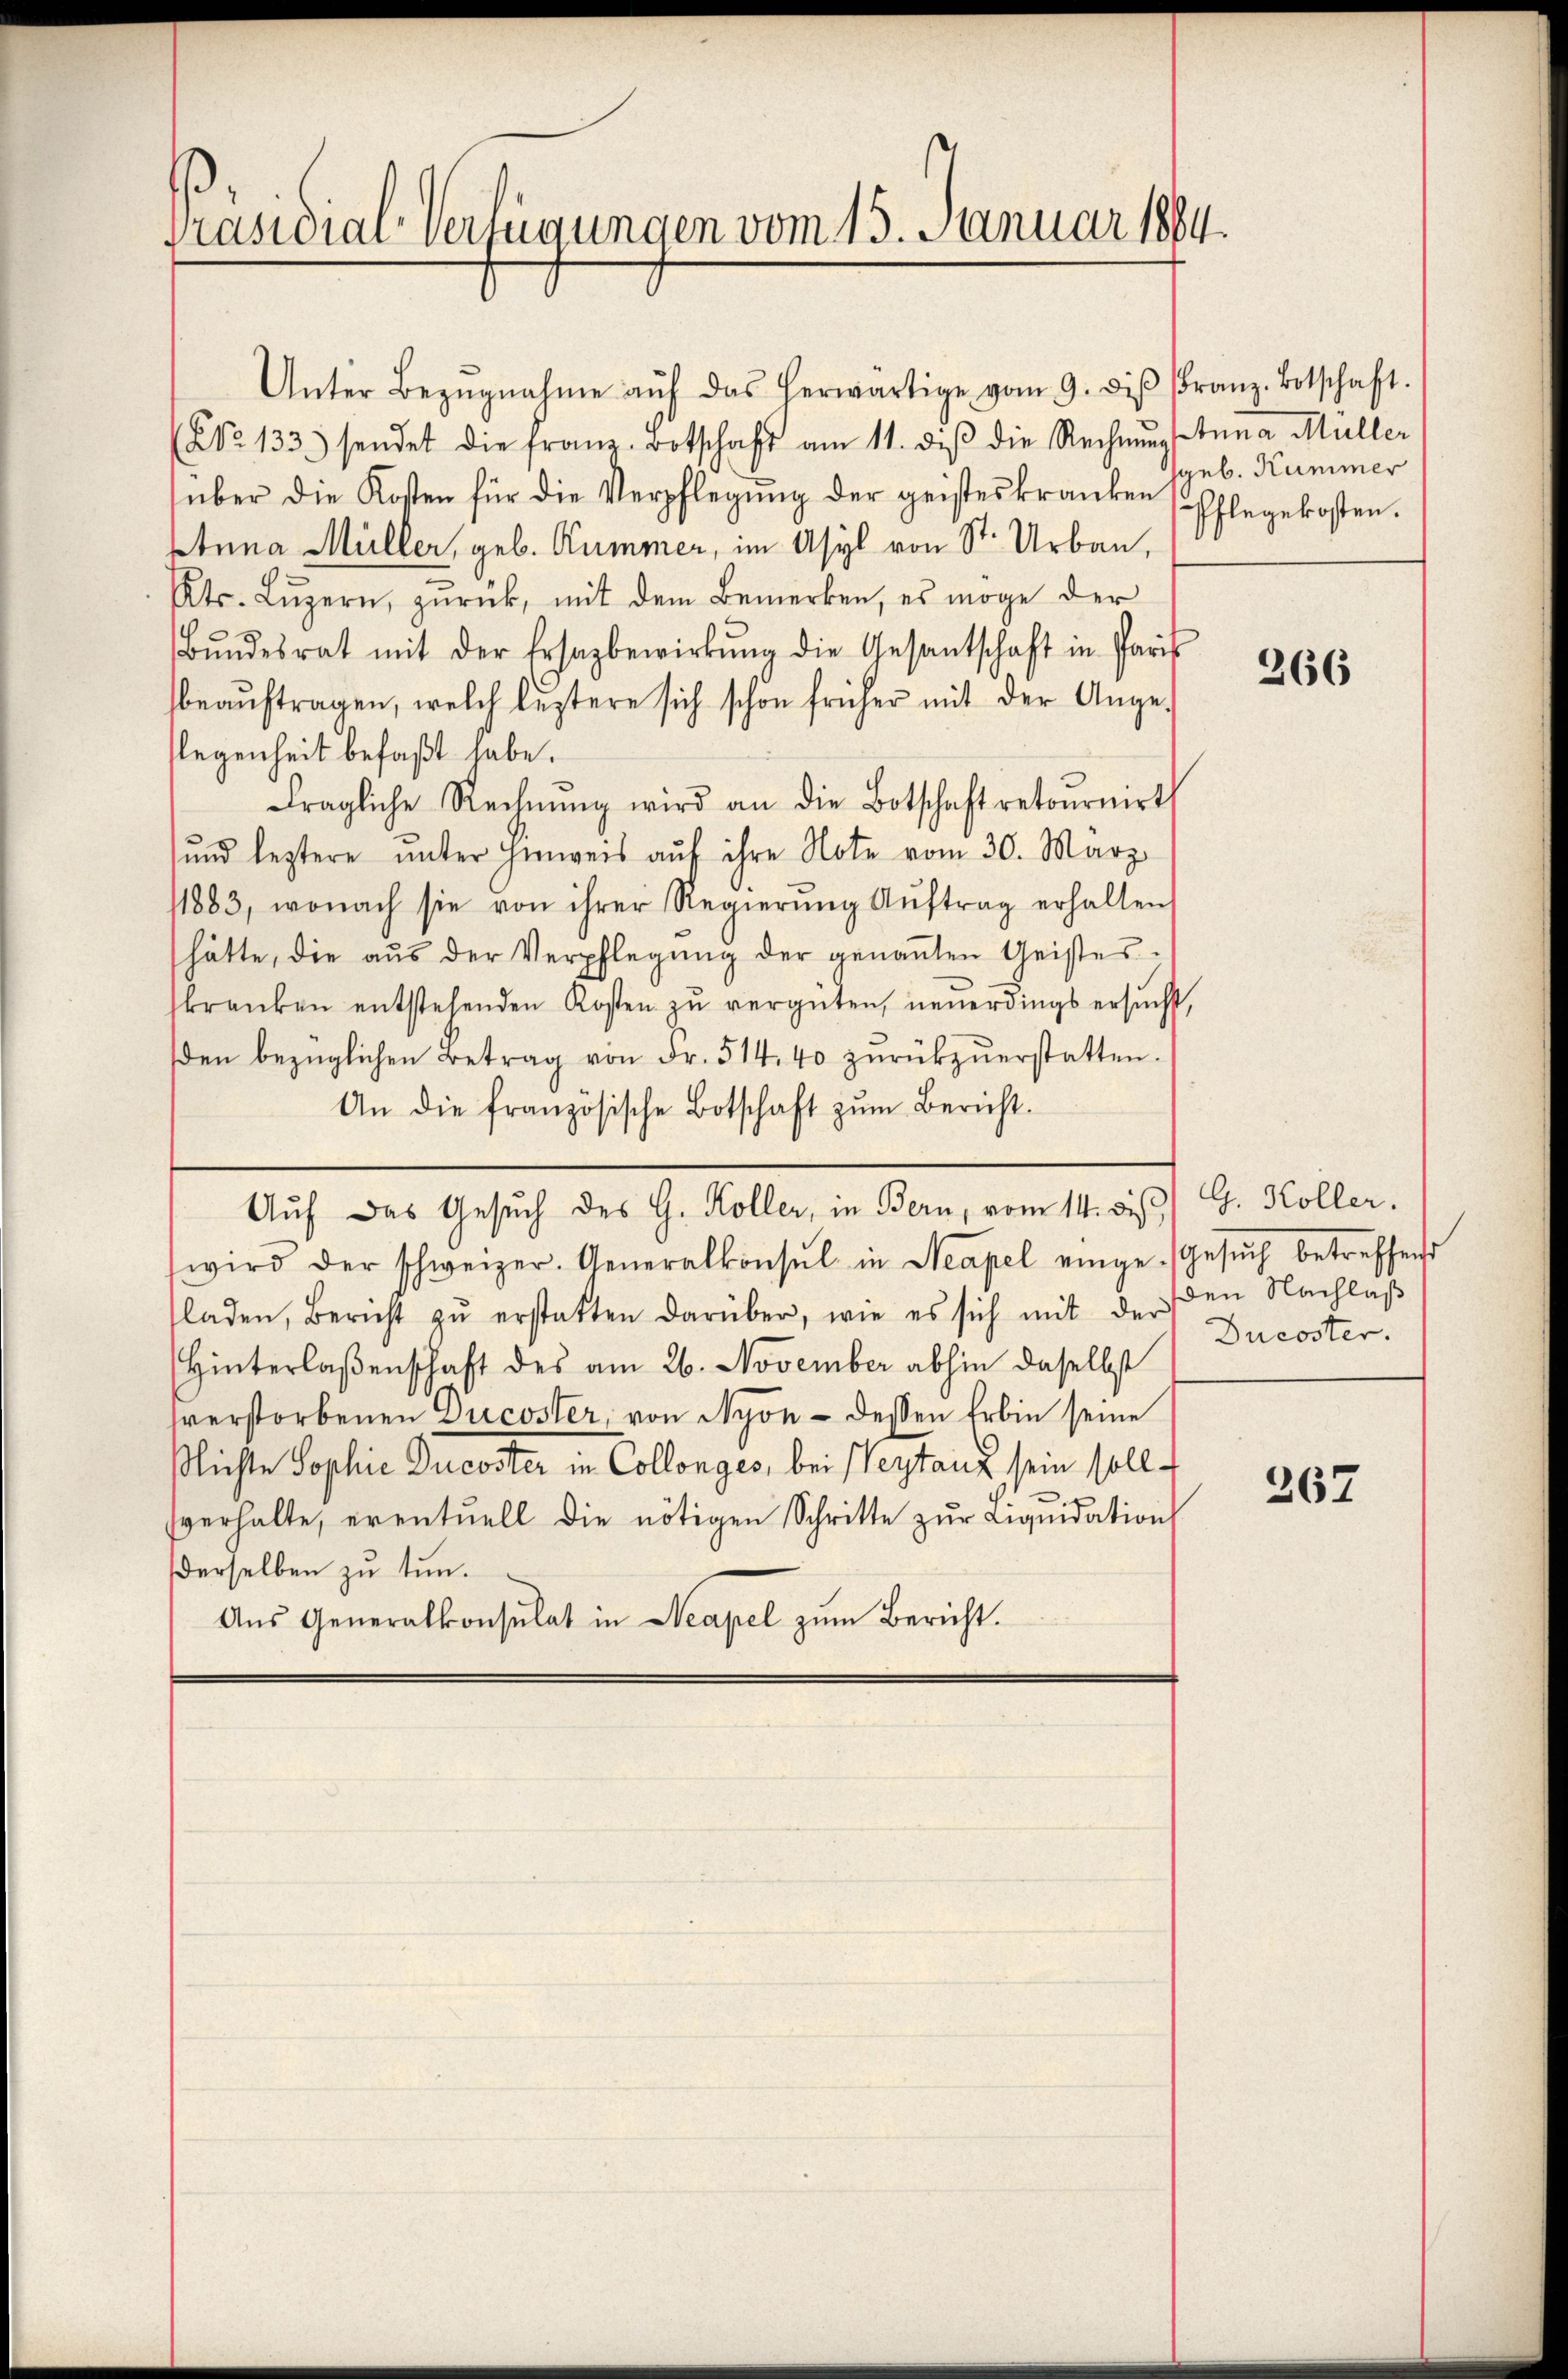
Präsidial-Verfügungen vom 15. Januar 1884.

Unter Bezŭgnahme aŭf das herwärtige vom 9. diβ (Franz. Botschaft.
(NNo. 133) sendet die franz-Botschaft am 11. diβ die Rechnŭng
über die Kosten für die Verpflegŭng der geisteskranken
Etuna Müller, geb. Kummer, im Asyl von St. Urbau,
Kts. Lŭzern, zŭrück, mit dem Bemerken, es möge der
Bŭndesrat mit der Ersazbewirkŭng die Gesantschaft in Paris
beaŭftragen, welch leztere sich schon früher mit der Ange-
legenheit befaßt habe.
fragliche Rechnŭng wird an die Botschaft retournirt
und leztere unter hinweis aŭf ihre Note vom 30. März
1883, wonach sie von ihrer Regierŭng Aŭftrag erhalten
hätte, die aŭs der Verpflegŭng der genaṅten Geistes-
kranken entstehenden Kosten zŭ vergüten, neŭerdings ersŭch
den bezüglichen Betrag von Fr. 514. 40 zŭrückzŭerstatten.
An die französische Botschaft zŭm Bericht.
Auf das Gesuch des G. Köller, in Bern, vom 14. dieß) G. Koller.
wird der schweizer. Generalkonsul in Neapel einge-
laden, Bericht zŭ erstatten darüber, wie es sich mit der
Hinterlaßenschaft des am 26. November abhin daselbst
sverstorbenen Ducoster, von Nyon - dessen Erbin seine
Nichte Sophie Ducoster in Collenges, bei Pestanz sein sollverhalte, eventuell die nötigen Schritte zŭr Liquidations
derselben zu tun.
Aus Generalkonsulat in Neapel zum Bericht.

Anna Müller
geb. Kummer
Pflegekosten.

266

Gesuch betreffent
den Nachlaß
Ducoster.

367